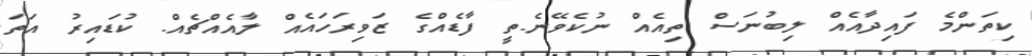
ކިތަންމެ ފައިދާއެއް ލިބުނަސް ތިއެއް ނުކެވޭނެ.ތީ ފާޑެއްގެ ޒަވިރަހައެއް ލާއެއްޗެއް. ކުޑައިރު އަތަ